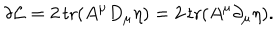
\delta { \cal L } = 2 \, \mathrm { t r } ( A ^ { \mu } D _ { \mu } \eta ) = 2 \, \mathrm { t r } ( A ^ { \mu } \partial _ { \mu } \eta ) .